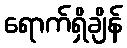
ရောက်ရှိချိန်